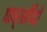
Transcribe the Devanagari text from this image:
फर्‌नँदो